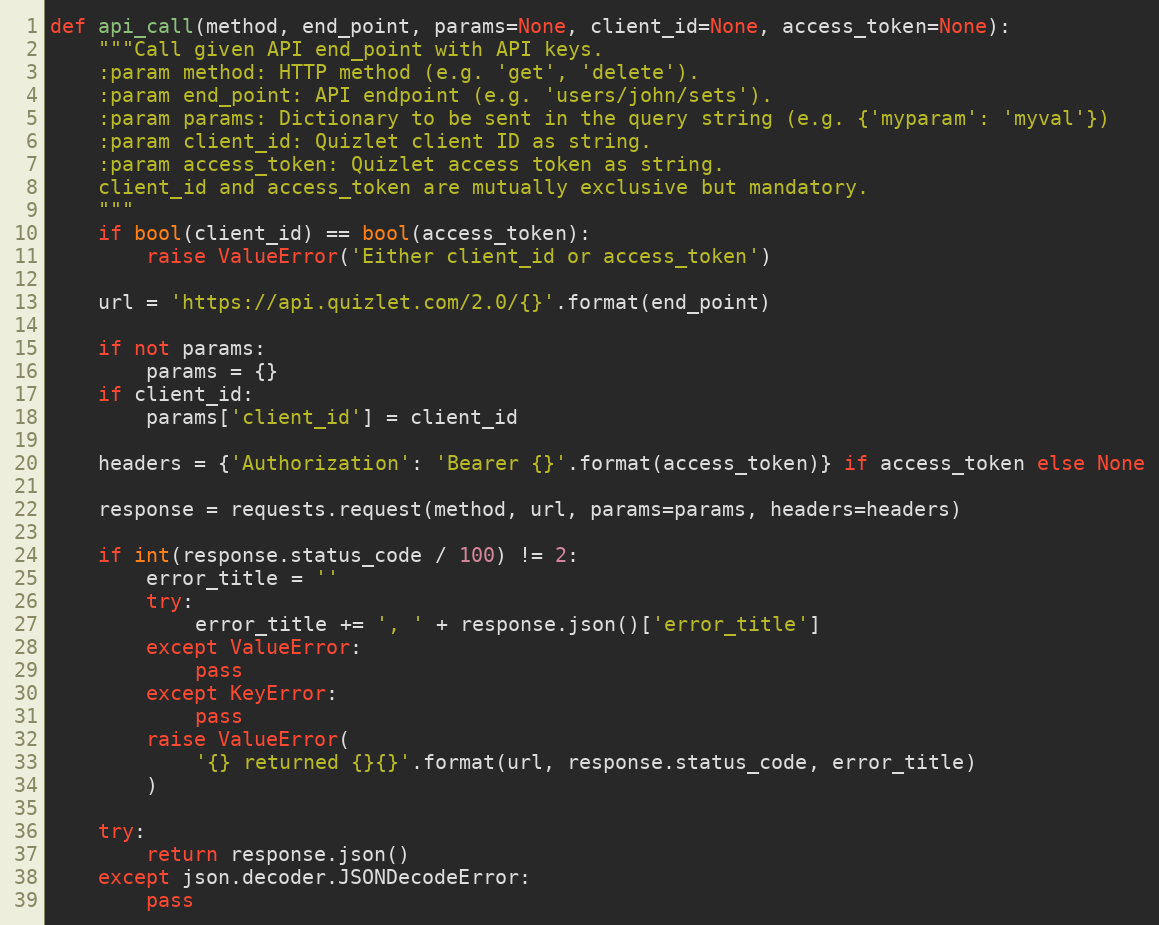
Language: Python
def api_call(method, end_point, params=None, client_id=None, access_token=None):
    """Call given API end_point with API keys.
    :param method: HTTP method (e.g. 'get', 'delete').
    :param end_point: API endpoint (e.g. 'users/john/sets').
    :param params: Dictionary to be sent in the query string (e.g. {'myparam': 'myval'})
    :param client_id: Quizlet client ID as string.
    :param access_token: Quizlet access token as string.
    client_id and access_token are mutually exclusive but mandatory.
    """
    if bool(client_id) == bool(access_token):
        raise ValueError('Either client_id or access_token')

    url = 'https://api.quizlet.com/2.0/{}'.format(end_point)

    if not params:
        params = {}
    if client_id:
        params['client_id'] = client_id

    headers = {'Authorization': 'Bearer {}'.format(access_token)} if access_token else None

    response = requests.request(method, url, params=params, headers=headers)

    if int(response.status_code / 100) != 2:
        error_title = ''
        try:
            error_title += ', ' + response.json()['error_title']
        except ValueError:
            pass
        except KeyError:
            pass
        raise ValueError(
            '{} returned {}{}'.format(url, response.status_code, error_title)
        )

    try:
        return response.json()
    except json.decoder.JSONDecodeError:
        pass